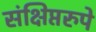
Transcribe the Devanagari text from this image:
संक्षिप्तरुपे